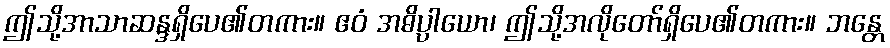
ဤသို့အာသာဆန္ဒရှိပေ၏တကား။ ဧဝံ အဓိပ္ပာယော၊ ဤသို့အလိုတော်ရှိပေ၏တကား။ ဘန္တေ